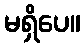
မရှိပေ။